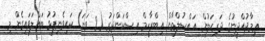
ޢިމާދުއްދީނުގެ ދަރިކަލުން އައްސުލްޠާން އިބްރާހީމް އިސްކަންދަރު (2 ވަނަ) ކައިވެނިފުޅު ބައްލަވައިގެން މި